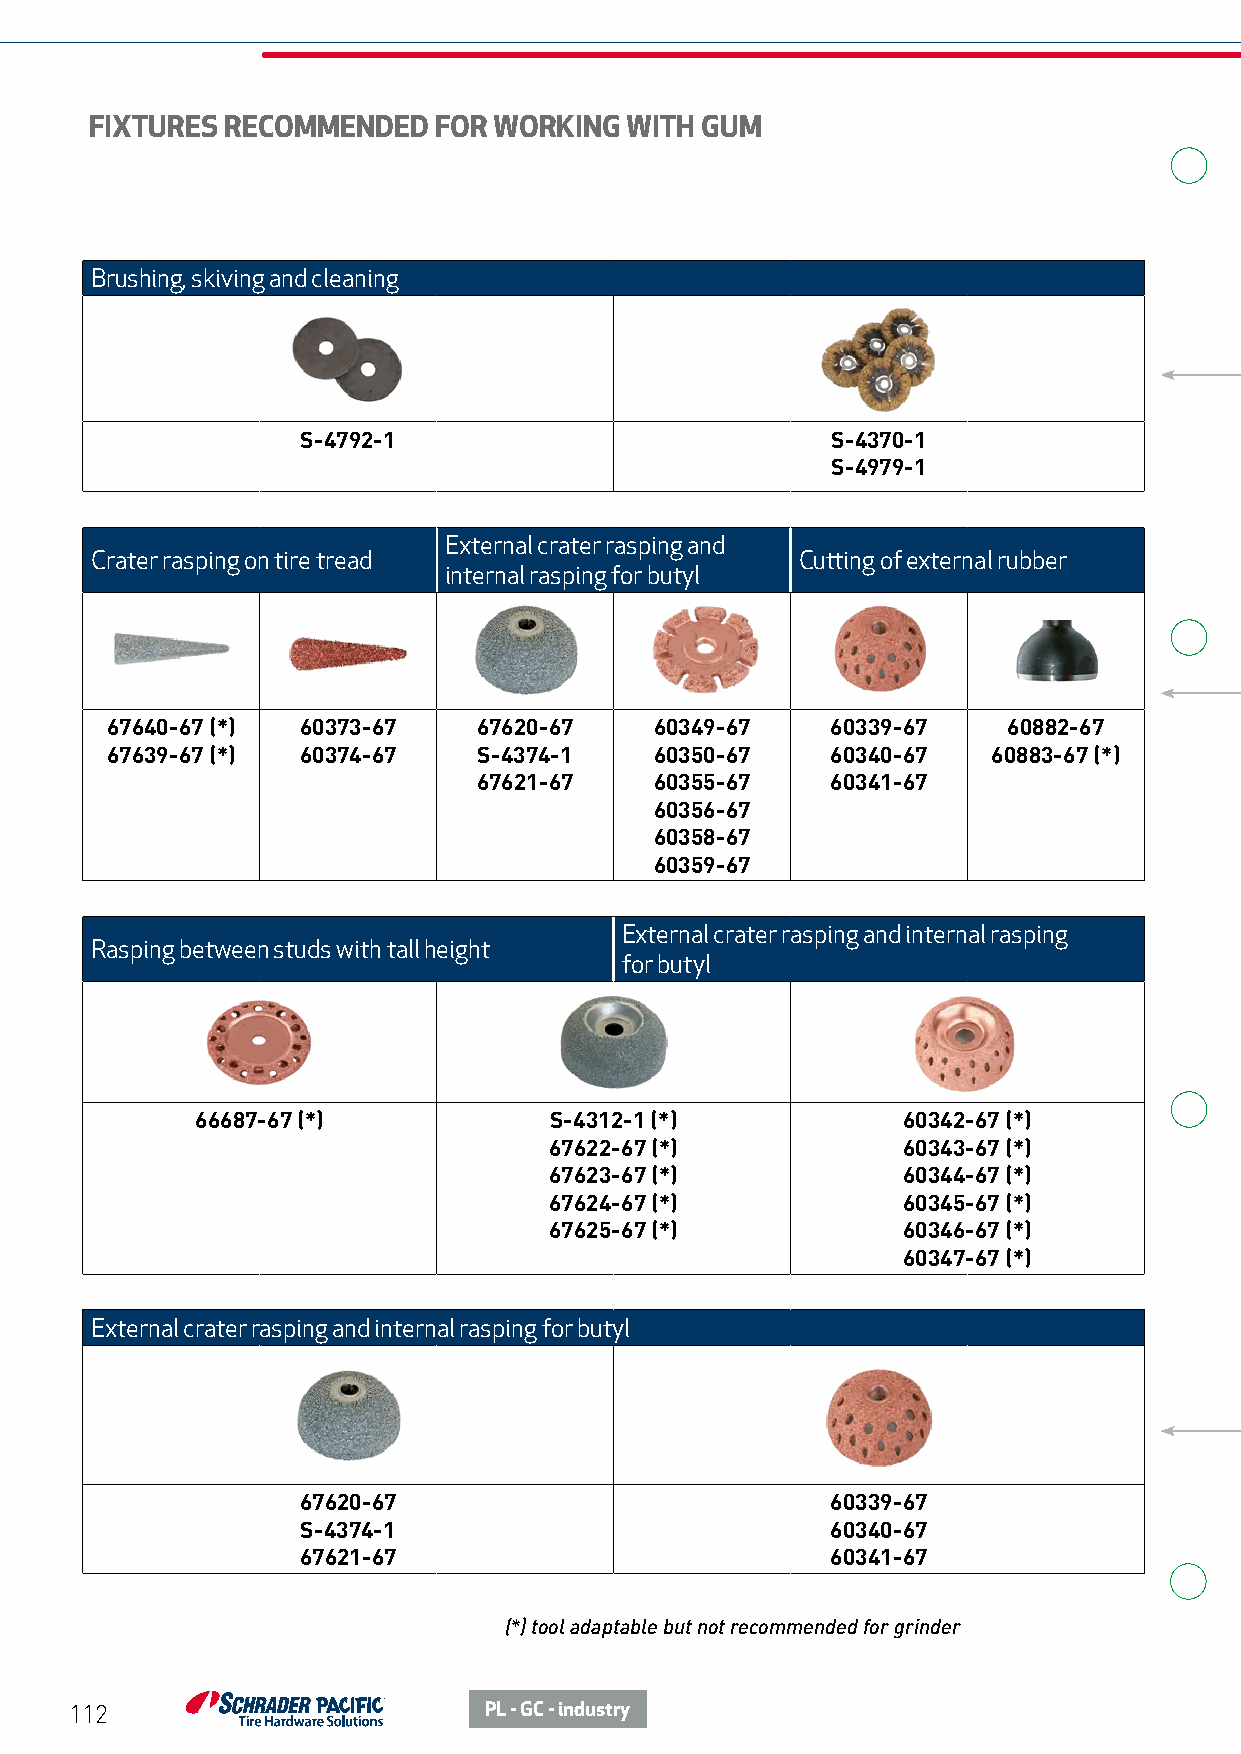
FIXTURES RECOMMENDED   FOR WORKING WITH GUM
 Brushing, skiving and cleaning
 S-4792-1                           S-4370-1
 S-4979-1
 External crater rasping and
 Crater rasping on tire tread                   Cutting of external rubber
 internal rasping for butyl
 67640-67 (*) 60373-67    67620-67   60349-67    60339-67    60882-67
 67639-67 (*) 60374-67    S-4374-1   60350-67    60340-67   60883-67 (*)
 67621-67   60355-67    60341-67
 60356-67
 60358-67
 60359-67
 External crater rasping and internal rasping
 Rasping between studs with tall height
 for butyl
 66687-67 (*)           S-4312-1 (*)            60342-67 (*)
 67622-67 (*)            60343-67 (*)
 67623-67 (*)            60344-67 (*)
 67624-67 (*)            60345-67 (*)
 67625-67 (*)            60346-67 (*)
 60347-67 (*)
 External crater rasping and internal rasping for butyl
 67620-67                           60339-67
 S-4374-1                           60340-67
 67621-67                           60341-67
 (*) tool adaptable but not recommended for grinder
 112                        PL - GC - industry